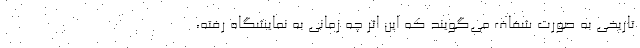
تاریخی به صورت شفاف می‌گویند که این اثر چه زمانی به نمایشگاه رفته،